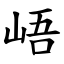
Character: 峿